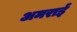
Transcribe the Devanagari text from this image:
अमराई